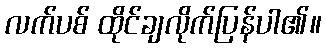
လက်ပစ် ထိုင်ချလိုက်ပြန်ပါ၏။